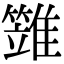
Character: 𩀩